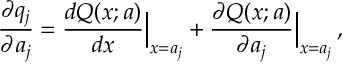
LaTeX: { \frac { \partial q _ { j } } { \partial a _ { j } } } = { \frac { d Q ( x ; a ) } { d x } } \Bigr \vert _ { x = a _ { j } } + { \frac { \partial Q ( x ; a ) } { \partial a _ { j } } } \Bigr \vert _ { x = a _ { j } } \, ,